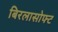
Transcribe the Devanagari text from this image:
बिरलासोफ्ट